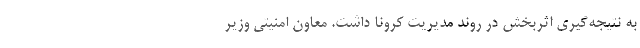
به نتیجه‌گیری اثربخش در روند مدیریت کرونا داشت. معاون امنیتی وزیر